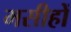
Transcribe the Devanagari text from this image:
मसीहों